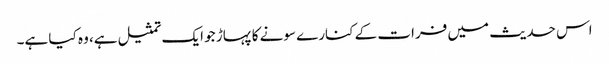
اس حدیث میں فرات کے کنارے سونے کا پہاڑ جو ایک تمثیل ہے، وہ کیا ہے۔